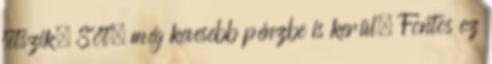
tetszik. Sőt, még kevesebb pénzbe is kerül. Fontos ez